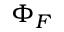
\Phi _ { F }